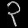
Digit: ၃